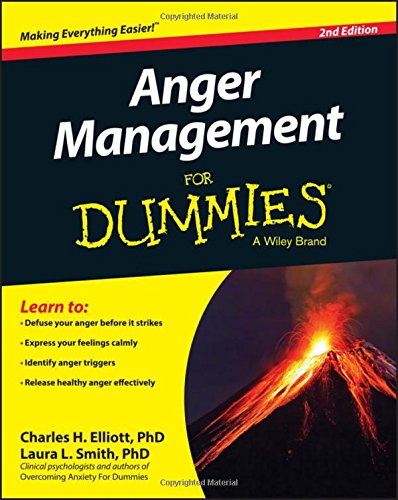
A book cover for Anger Management For Dummies; Charles H. Elliott; Self-Help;